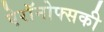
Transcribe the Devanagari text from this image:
ऐरॉनोफ्सकी